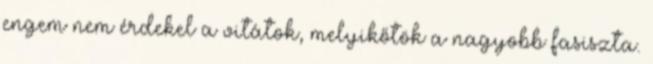
engem nem érdekel a vitátok, melyikőtök a nagyobb fasiszta.